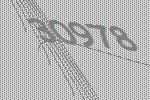
30978